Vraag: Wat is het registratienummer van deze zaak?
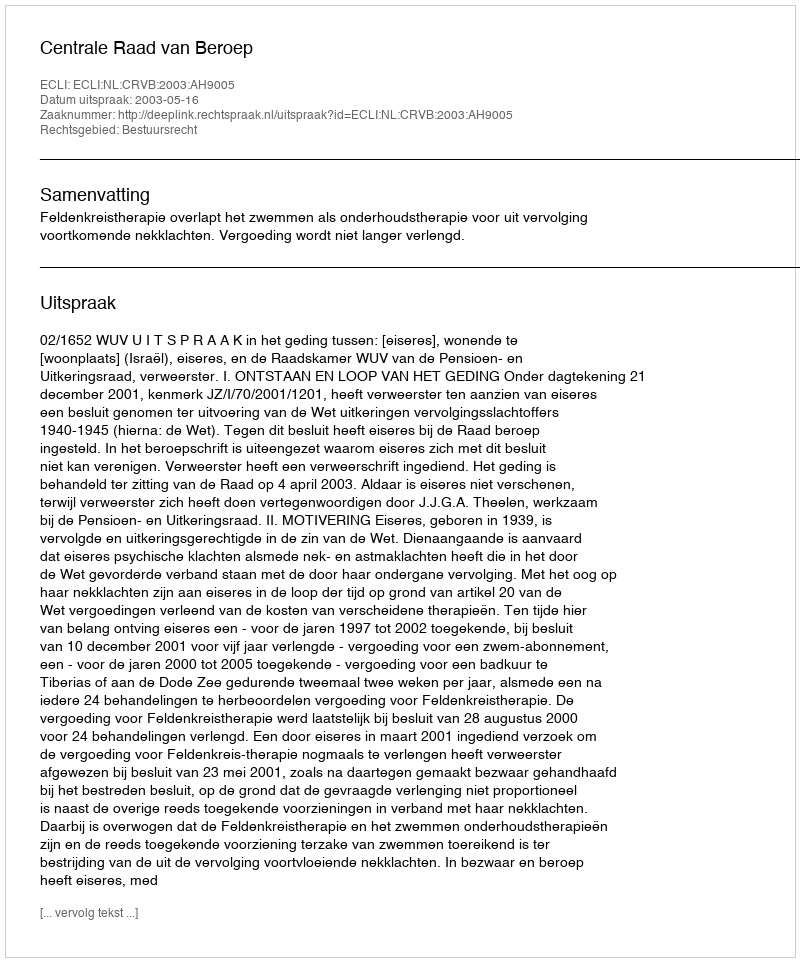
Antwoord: http://deeplink.rechtspraak.nl/uitspraak?id=ECLI:NL:CRVB:2003:AH9005